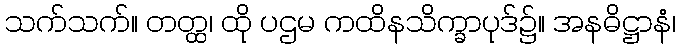
သက်သက်။ တတ္ထ၊ ထို ပဌမ ကထိနသိက္ခာပုဒ်၌။ အနဓိဋ္ဌာနံ၊